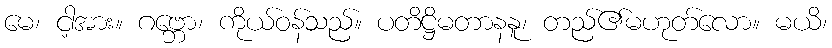
မေ၊ ငါ့အား။ ဂဗ္ဘော၊ ကိုယ်ဝန်သည်။ ပတိဋ္ဌိမတာနနူ၊ တည်၏မဟုတ်လော။ မယိ၊